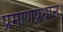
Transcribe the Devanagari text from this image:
प्रमाणप्रधान।